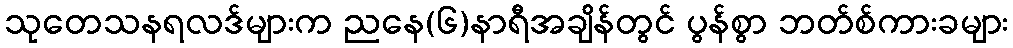
သုတေသနရလဒ်များက ညနေ(၆)နာရီအချိန်တွင် ပွန်စွာ ဘတ်စ်ကားခများ